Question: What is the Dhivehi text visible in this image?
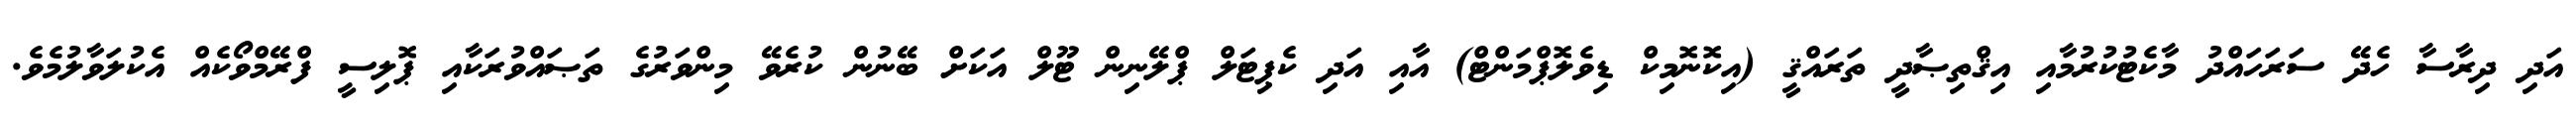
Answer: އަދި ދިރާސާ ހެދޭ ސަރަހައްދު މާކެޓުކުރުމާއި އިޤްތިޞާދީ ތަރައްޤީ (އިކޮނޮމިކް ޑިވެލޮޕްމަންޓް) އާއި އަދި ކެޕިޓަލް ޕްލޭނިން ޓޫލް އަކަށް ބޭނުން ކުރެވޭ މިންވަރުގެ ތަޞައްވުރަކާއި ޕޮލިސީ ފްރޭމްވޯކެއް އެކުލަވާލުމެވެ.